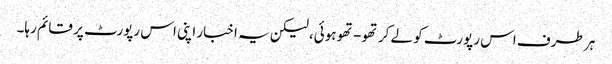
ہر طرف اس رپورٹ کو لے کر تھو- تھو ہوئی، لیکن یہ اخبار اپنی اس رپورٹ پر قائم رہا۔